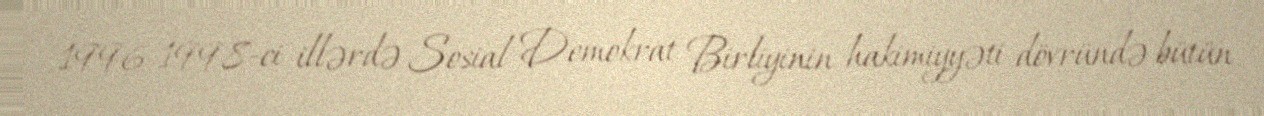
1996-1998-ci illərdə Sosial Demokrat Birliyinin hakimiyyəti dövründə bütün